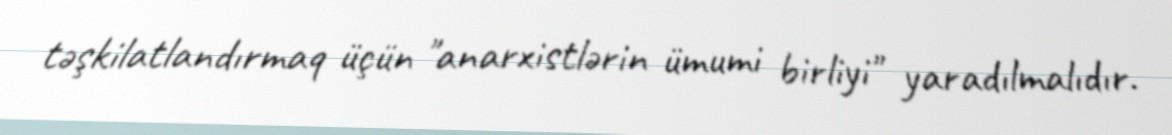
təşkilatlandırmaq üçün "anarxistlərin ümumi birliyi" yaradılmalıdır.